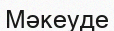
Мәкеуде